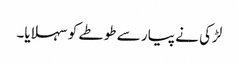
لڑکی نے پیار سے طوطے کو سہلایا۔